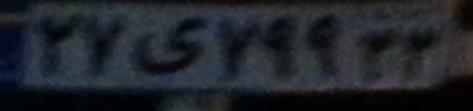
۲۷ی۷۹۹۲۲